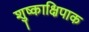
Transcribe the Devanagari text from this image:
शुष्काक्षिपाक